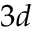
3 d